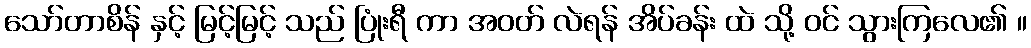
သော်တာစိန် နှင့် မြင့်မြင့် သည် ပြုံးရီ ကာ အဝတ် လဲရန် အိပ်ခန်း ထဲ သို့ ဝင် သွားကြလေ၏ ။